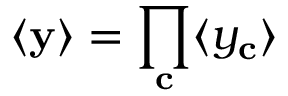
\langle \mathbf { y } \rangle = \prod _ { \mathbf { c } } \langle y _ { \mathbf { c } } \rangle